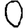
Digit: 0